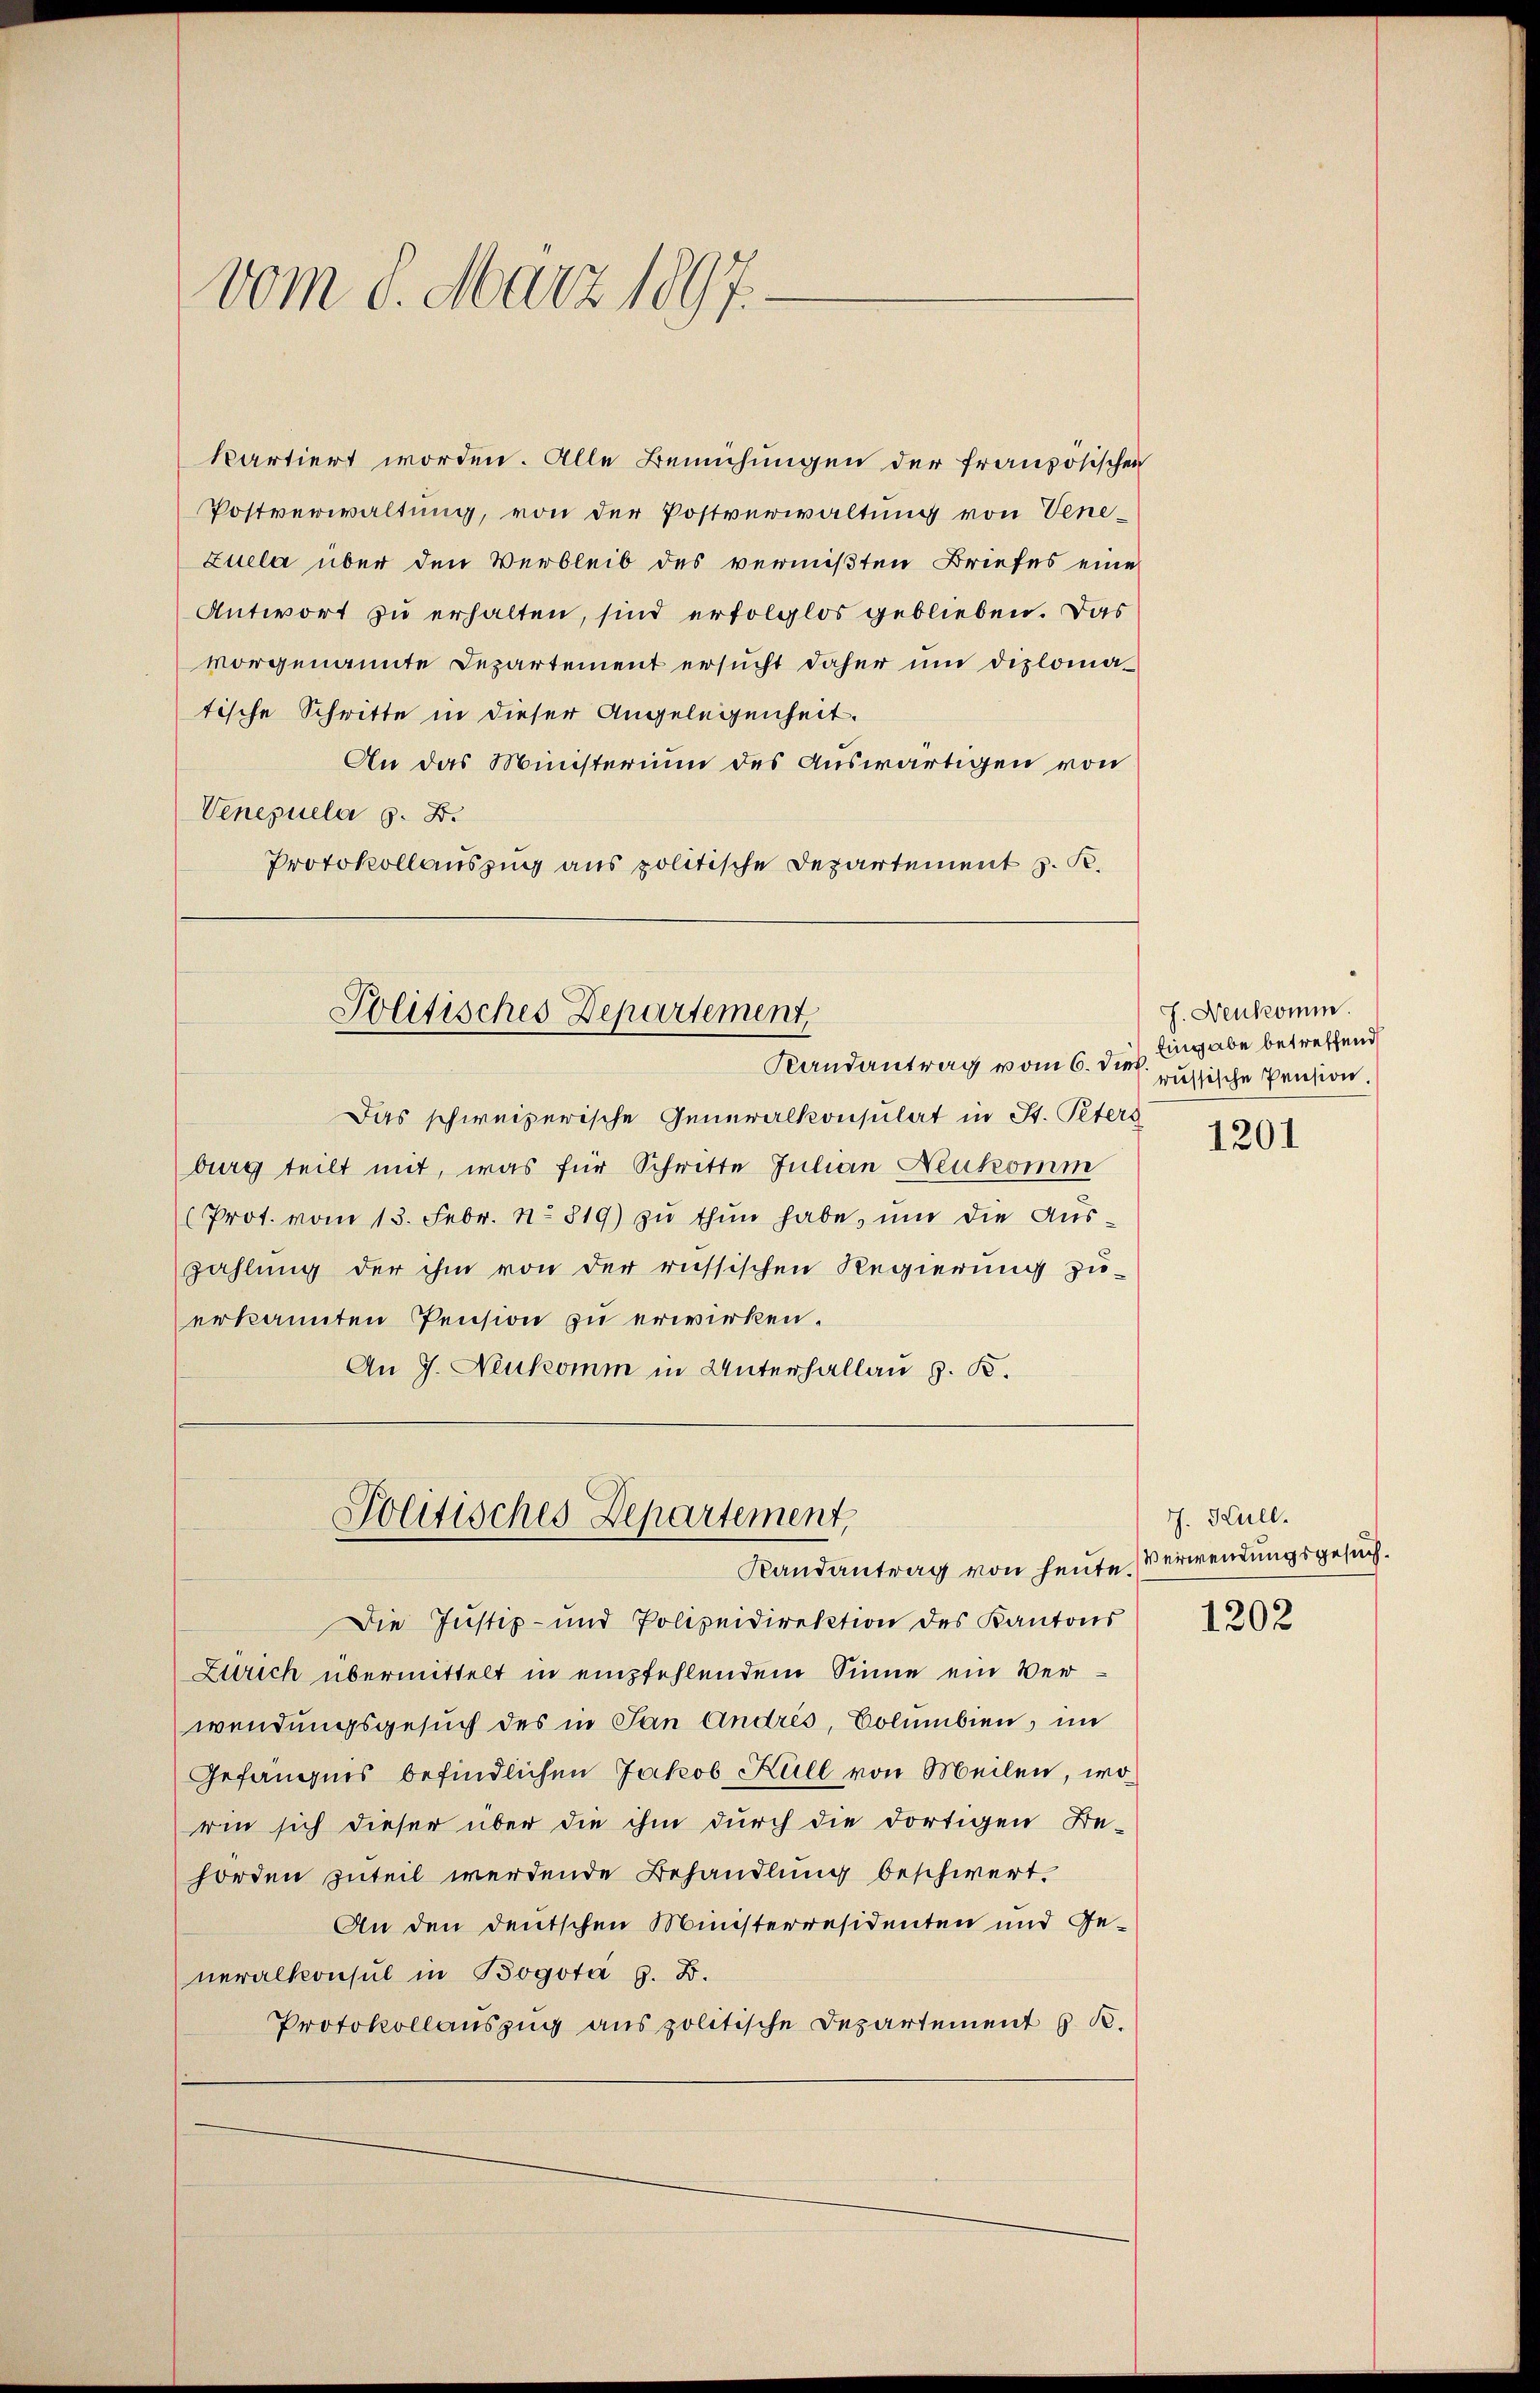
vom 8. März 1897.

kartiert worden. Alle Bemühungen der französischen
Postverwaltung, von der Postverwaltung von Vene¬
Zuela über den Verbleib des vermißten Briefes eine
Antwort zu erhalten, sind erfolglos geblieben. Das
vorgenannte Departement ersucht daher um diplomatische Schritte in dieser Angelegenheit.
An das Ministerium des Auswärtigen von
Venezuela 8. B.
Protokollauszug aus politische Departement z. K.
Politisches Departement,
Randantrag vom 6. dieß Angabe betreffend
Das schweizerische Generalkonsulat in St. Peters
burg teilt mit, was für Schritte Julian Neukomm
(Prot. vom 13. Febr. No. 819) zŭ thŭn habe, und die Auszahlung der ihm von der russischen Regierung zu-
erkannten Pension zu erwirken.
An J. Neukomm in Unterhallan z. B.

Politisches Departement,
Randantrag von heute Verwendungsgesuch.

Die Justiz- und Polizeidirektion des Kantons
Zürich übermittelt in empfehlendem Sinne ein Verwendungsgesuch des in San Andres, Columbien, im
Gefängnis befindlichen Jakob Küll von Meilen, wo
win sich dieser über die ihm durch die dortigen De-
horden zuteil werdende Behandlung beschwert.
An den deutschen Ministerresidenten und Generalkonsul in Bogota z. B.
Protokollauszug aus politische Departement & B.

J. Neukomm
russische Pension.

1201

J. Hull.

1202